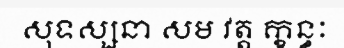
សុទស្សនា សម វត្ត ក្ខន្ធៈ